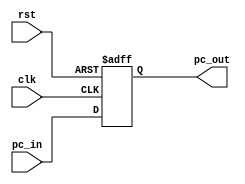
// This program was cloned from: https://github.com/Helazhary/Riscv-Verilog-Pipelined
// License: BSD 3-Clause "New" or "Revised" License

`timescale 1ns / 1ps
//////////////////////////////////////////////////////////////////////////////////
// Company: 
// Engineer: 
// 
// Design Name: 
// Module Name: PC
// Project Name: 
// Target Devices: 
// Tool Versions: 
// Description: 
// 
// Dependencies: 
// 
// Revision:
// Revision 0.01 - File Created
// Additional Comments:
// 
//////////////////////////////////////////////////////////////////////////////////


module PC(input clk,rst, input [5:0]pc_in, output reg [5:0] pc_out);
    
    always @(posedge clk or posedge rst)begin
        if(~rst)
        pc_out = pc_in;
        else
        pc_out=0;
    end

    
    
endmodule